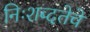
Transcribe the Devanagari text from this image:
निःशब्दतेचे